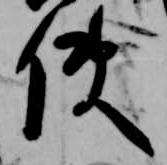
使